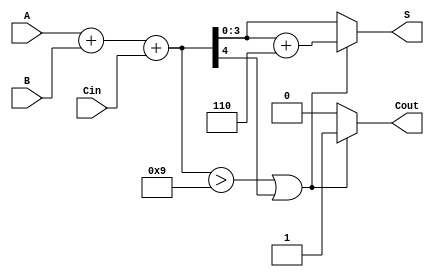
module BCD_Asynchronous_Adder (
    input [3:0] A,      // First BCD input
    input [3:0] B,      // Second BCD input
    input Cin,          // Carry-in input
    output reg [3:0] S, // BCD output
    output reg Cout     // Carry-out output
);

    wire [4:0] sum;     // 5-bit sum to accommodate carry
    wire correction;     // Correction flag

    // Step 1: Perform binary addition
    assign sum = A + B + Cin;

    // Step 2: Check for BCD correction
    assign correction = (sum > 9) || (sum[4]); // Check if sum exceeds 9 or if there is a carry

    // Step 3: Generate output
    always @(*) begin
        if (correction) begin
            S = sum + 5'd6; // Apply BCD correction
            Cout = 1;       // Set carry-out
        end else begin
            S = sum[3:0];   // No correction needed
            Cout = 0;       // No carry-out
        end
    end

endmodule